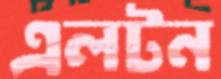
এলটন